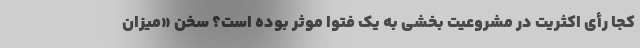
کجا رأی اکثریت در مشروعیت بخشی به یک فتوا موثر بوده است؟ سخن «میزان